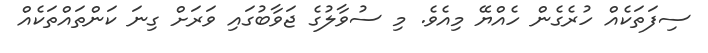
ސިފަތަކެއް ހުރެގެން ހެއްޔޭ މިއެވެ. މި ސުވާލުގެ ޖަވާބުގައި ވަރަށް ގިނަ ކަންތައްތަކެއް